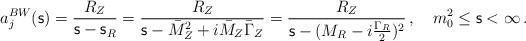
LaTeX: \begin{align*}a_j^{BW}({\mathsf s})= \frac{R_Z}{{\mathsf s}-{\mathsf s}_R}= \frac {R_Z}{{\mathsf s}-\bar M^2_Z+i\bar M_Z\bar\Gamma_Z}= \frac {R_Z}{{\mathsf s}-(M_R-i\frac{\Gamma_R}{2})^2}\, , \quad m_0^2\leq {\mathsf s}<\infty \, . \end{align*}